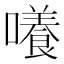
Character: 𡂺